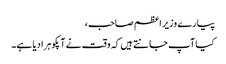
پیارے وزیر اعظم صاحب،
کیا آپ جانتے ہیں کہ وقت نے آپکو ہرا دیا ہے۔